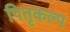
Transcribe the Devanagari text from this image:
पितृकल्प